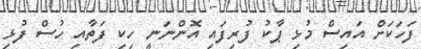
ފަހަކަށް އައިސް މުޅި ޕާކު ފުރިފައި އޮންނަނީ ހިކި ފަތާއި ހުސް ފުޅި